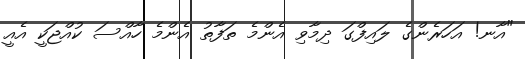
"އާނ! އަހަރެންގެ ލައިފްގަ ދިމާވި އެންމެ ތަފާތު އެންމެ ހާއްސަ ކުއްޖަކީ އެއީ